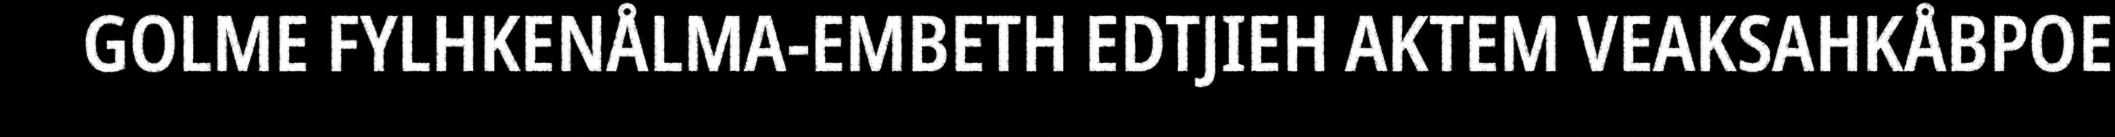
GOLME FYLHKENÅLMA-EMBETH EDTJIEH AKTEM VEAKSAHKÅBPOE